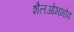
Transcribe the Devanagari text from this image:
शैलओभभोव